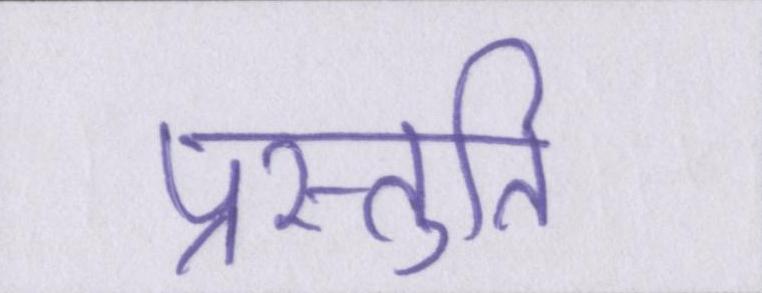
प्रस्तुति